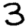
Digit: 3